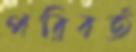
পরিবর্ত